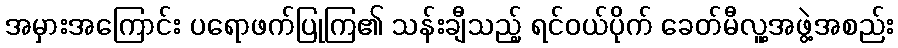
အမှားအကြောင်း ပရောဖက်ပြုကြ၏ သန်းချီသည့် ရင်ဝယ်ပိုက် ခေတ်မီလူ့အဖွဲ့အစည်း